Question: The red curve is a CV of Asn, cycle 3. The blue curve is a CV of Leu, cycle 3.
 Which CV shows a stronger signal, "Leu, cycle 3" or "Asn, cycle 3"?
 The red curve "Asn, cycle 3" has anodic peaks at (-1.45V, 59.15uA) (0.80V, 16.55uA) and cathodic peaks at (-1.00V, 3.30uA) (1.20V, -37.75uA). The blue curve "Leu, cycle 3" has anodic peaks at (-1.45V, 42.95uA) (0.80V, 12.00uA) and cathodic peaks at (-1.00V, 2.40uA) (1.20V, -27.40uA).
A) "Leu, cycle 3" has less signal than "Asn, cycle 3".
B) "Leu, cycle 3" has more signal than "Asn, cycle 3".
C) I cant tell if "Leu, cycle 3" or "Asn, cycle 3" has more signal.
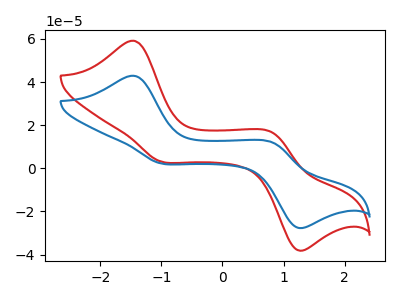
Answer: <think>All the peaks in "Leu, cycle 3" have a peak in "Asn, cycle 3" at the same potential.
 </think>
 <answer>C) I cant tell if "Leu, cycle 3" or "Asn, cycle 3" has more signal.</answer>
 <eval>C</eval>